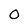
Character: o